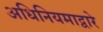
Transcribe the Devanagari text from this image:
अधिनियमाद्वारे